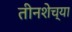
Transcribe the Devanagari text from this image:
तीनशेच्या